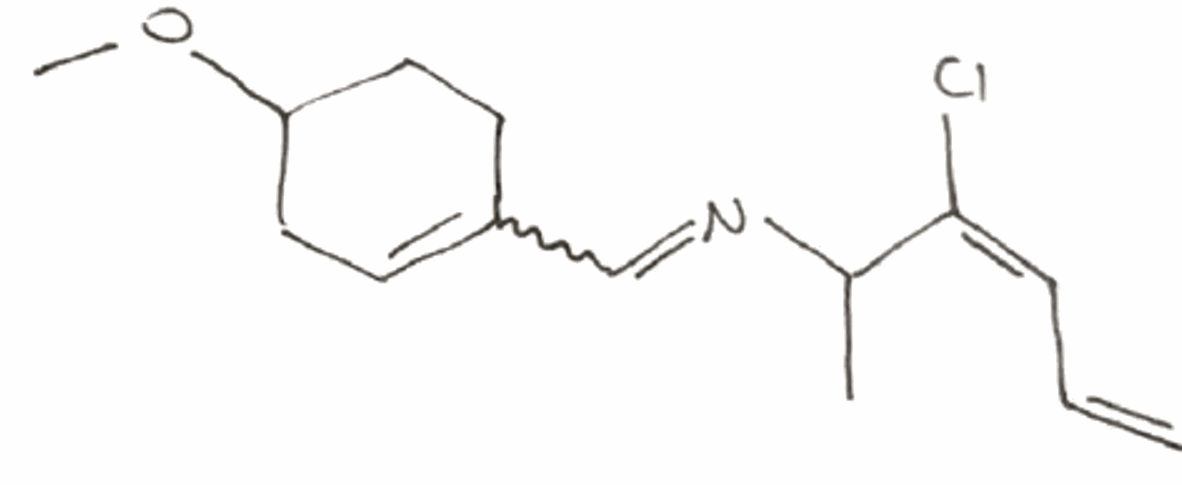
Simplified molecular-input line-entry system (SMILES) notation of the given molecule:
CC(/C(=C\C=C)/Cl)N=CC1=CCC(CC1)OC